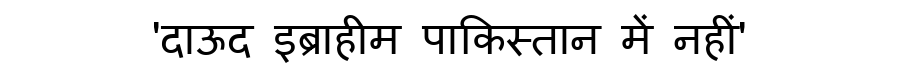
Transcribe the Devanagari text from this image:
'दाऊद इब्राहीम पाकिस्तान में नहीं'